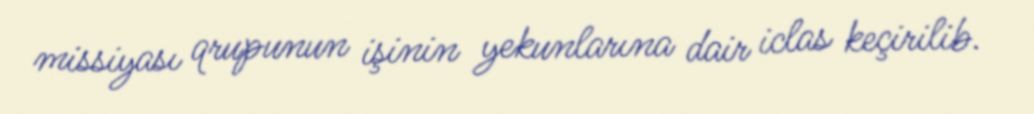
missiyası qrupunun işinin yekunlarına dair iclas keçirilib.